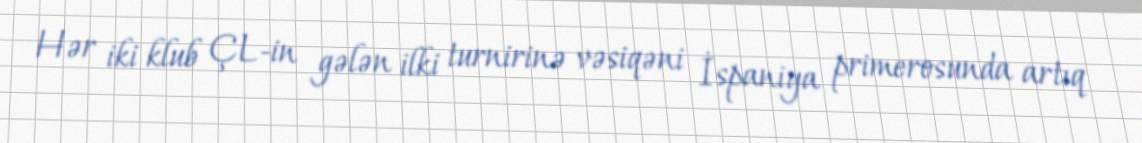
Hər iki klub ÇL-in gələn ilki turnirinə vəsiqəni İspaniya primerosunda artıq